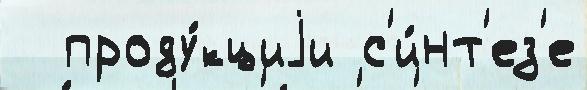
  проду́кциjи с'и́нт'ез'е